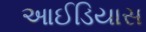
આઈડિયાસ